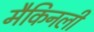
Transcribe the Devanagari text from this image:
मैकिनली